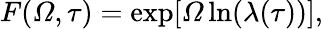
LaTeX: F({\mit\Omega},\tau)=\exp[{\mit\Omega}\ln(\lambda(\tau))],